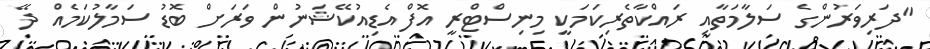
"ދަރިވަރުންގެ ސަލާމަތާއި ރައްކާތެރިކަމަކީ މިނިސްޓްރީ އޮފް އެޑިއުކޭޝަނުން ވަރަށް ބޮޑު ސަމާލުކަމެއް ދޭ